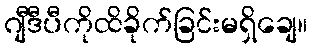
ဂျီဒီပီကိုထိခိုက်ခြင်းမရှိချေ။